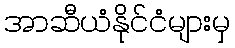
အာဆီယံနိုင်ငံများမှ